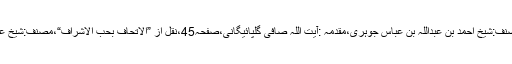
”آئمہ اثنا عشری“،مصنف:شیخ احمد بن عبداللہ بن عباس جوہری،مقدمہ :آیت اللہ صافی گلپائیگانی،صفحہ45،نقل از ”الاتحاف بحب الاشراف“،مصنف:شیخ عبداللہ شبراوی شافعی۔